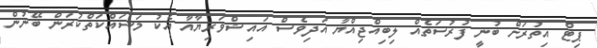
ޕިޓް އިތުރަށް ބުނީ ފުރުސަތެއް ލިބިއްޖިއްޔާ އަދިވެސް އައިޝްވަރިޔާއާ އެކު މަސައްކަތްކުރަން ބޭނުން